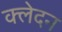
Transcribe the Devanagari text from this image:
क्‍लेदन